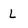
Character: L